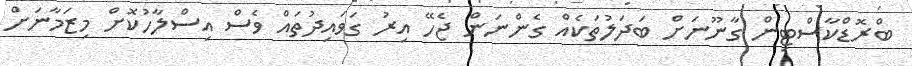
ބްރޮޑްކާސްޓިން ގާނޫނަށް ބަދަލުތަކެއް ގެންނަން ޖެހޭ އިރު ގަވައިދުތައް ވެސް އިސްލާހުކޮށް މިޒަމާނަށް